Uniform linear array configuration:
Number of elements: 48
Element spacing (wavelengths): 0.25
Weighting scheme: cosine
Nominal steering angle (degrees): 30
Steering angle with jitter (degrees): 29.058
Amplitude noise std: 0.05
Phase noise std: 0.05

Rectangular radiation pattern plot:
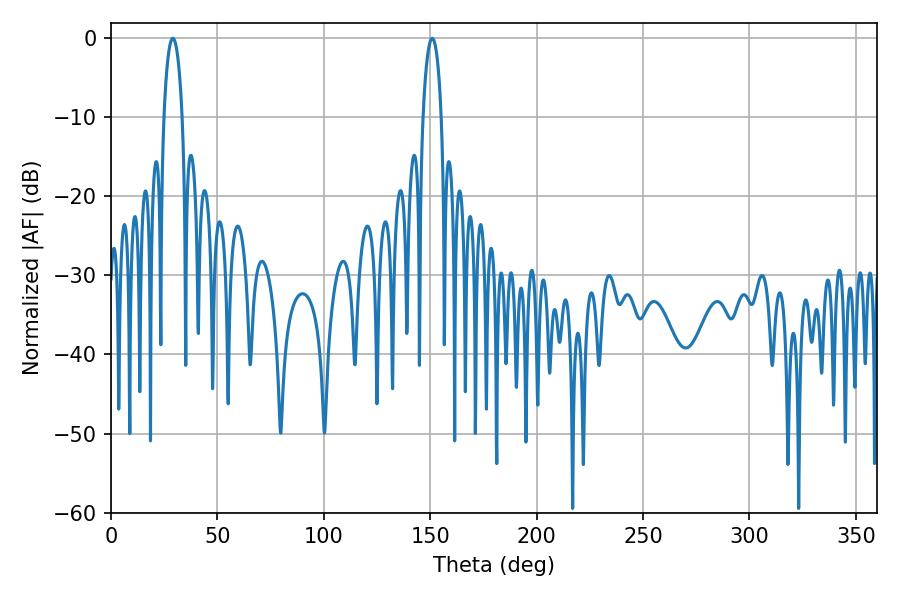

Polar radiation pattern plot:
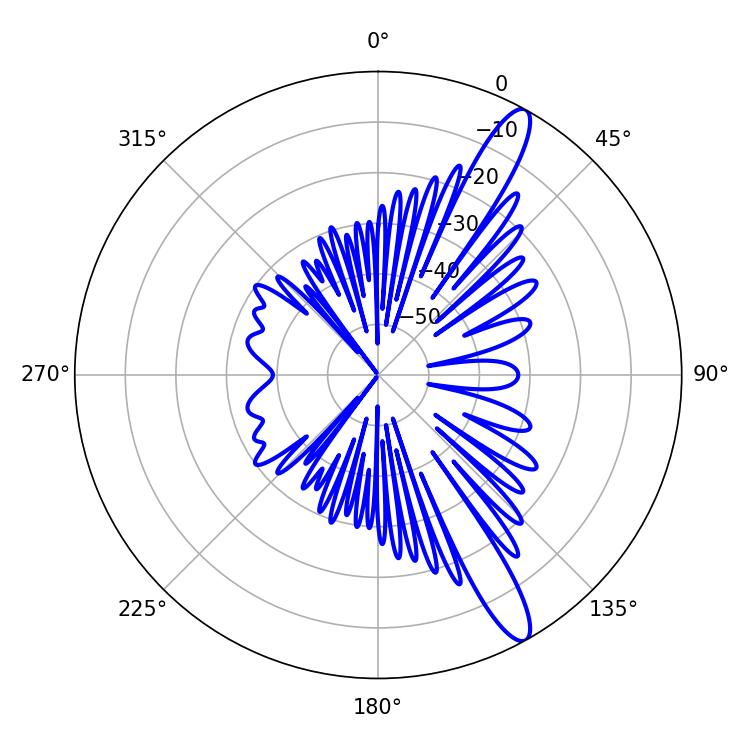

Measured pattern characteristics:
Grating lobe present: FALSE
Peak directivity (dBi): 13.32
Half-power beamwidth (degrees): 4.86
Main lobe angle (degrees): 28.98